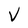
Character: V